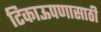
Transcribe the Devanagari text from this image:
टिकाऊपणासाठी